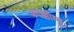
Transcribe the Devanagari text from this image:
काक्कोम्बु